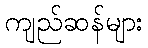
ကျည်ဆန်များ